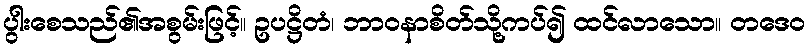
ပွါးစေသည်၏အစွမ်းဖြင့်။ ဥပဋ္ဌိတံ၊ ဘာဝနာစိတ်သို့ကပ်၍ ထင်လာသော။ တဒေဝ